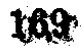
$169$